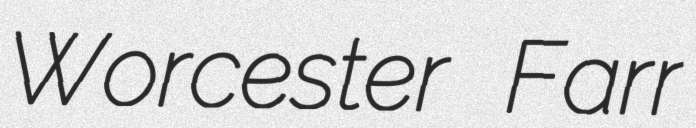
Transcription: Worcester Farr